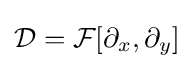
{\mathcal {D}}={\mathcal {F}}[\partial _{x},\partial _{y}]